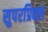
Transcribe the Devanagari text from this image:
सुपरप्रिक्स